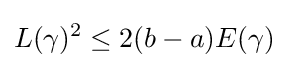
L(\gamma )^{2}\leq 2(b-a)E(\gamma )